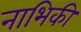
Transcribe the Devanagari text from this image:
नाभिकी